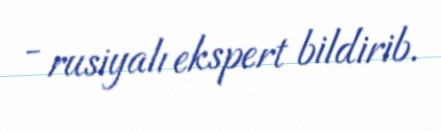
- rusiyalı ekspert bildirib.